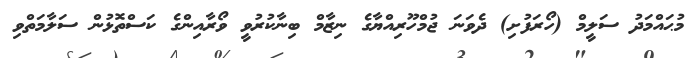
މުޙައްމަދު ސަލީމް (ހޯރަފުށި) ދެވަނަ ޖުމްހޫރިއްޔާގެ ނިޒާމް ބިނާކުރުވީ ވޯރާއިންގެ ކަސްތޮޅުން ސަލާމަތްވި